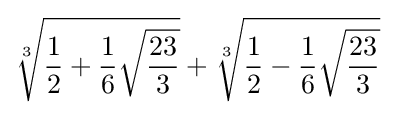
{\sqrt[{3}]{{\frac {1}{2}}+{\frac {1}{6}}{\sqrt {\frac {23}{3}}}}}+{\sqrt[{3}]{{\frac {1}{2}}-{\frac {1}{6}}{\sqrt {\frac {23}{3}}}}}